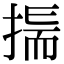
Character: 𢰚